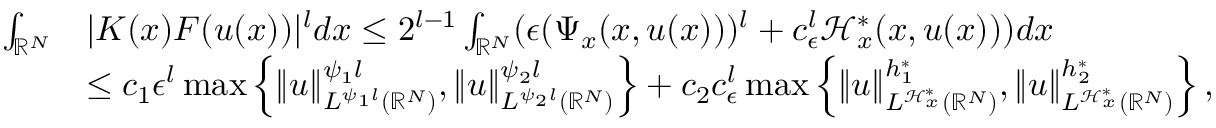
\begin{array} { r l } { \int _ { { \mathbb R } ^ { N } } } & { | K ( x ) F ( u ( x ) ) | ^ { l } d x \leq 2 ^ { l - 1 } \int _ { { \mathbb R } ^ { N } } ( \epsilon ( { \Psi _ { x } } ( x , u ( x ) ) ) ^ { l } + c _ { \epsilon } ^ { l } { \mathcal { H } _ { x } ^ { * } } ( x , u ( x ) ) ) d x } \\ & { \leq c _ { 1 } { \epsilon } ^ { l } \operatorname* { m a x } \left\lbrace \| u \| _ { L ^ { \psi _ { 1 } l } ( { \mathbb R } ^ { N } ) } ^ { \psi _ { 1 } l } , \| u \| _ { L ^ { \psi _ { 2 } l } ( { \mathbb R } ^ { N } ) } ^ { \psi _ { 2 } l } \right\rbrace + c _ { 2 } c _ { \epsilon } ^ { l } \operatorname* { m a x } \left\lbrace \| u \| _ { L ^ { \mathcal { H } _ { x } ^ { * } } ( { \mathbb R } ^ { N } ) } ^ { h _ { 1 } ^ { * } } , \| u \| _ { L ^ { \mathcal { H } _ { x } ^ { * } } ( { \mathbb R } ^ { N } ) } ^ { h _ { 2 } ^ { * } } \right\rbrace , } \end{array}